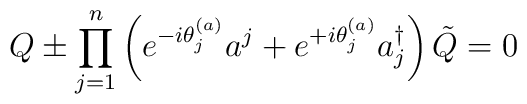
Q\pm \prod_{j=1}^n\left( e^{-i\theta_j^{(a)}}a^{j} +e^{+i\theta_j^{(a)}}a^\dagger_{j}\right)\tilde Q=0